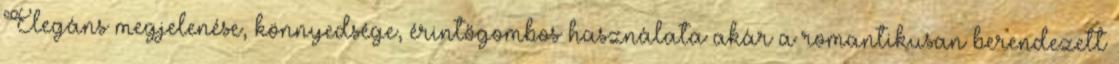
Elegáns megjelenése, könnyedsége, érintőgombos használata akár a romantikusan berendezett